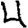
Digit: 4